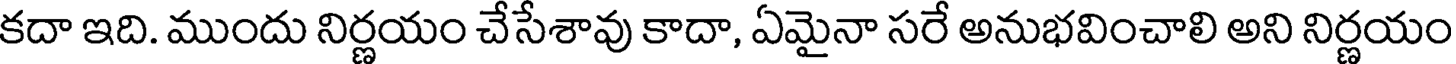
కదా ఇది. ముందు నిర్ణయం చేసేశావు కాదా, ఏమైనా సరే అనుభవించాలి అని నిర్ణయం